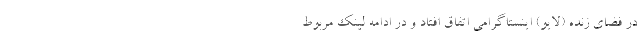
در فضای زنده (لایو) اینستاگرامی اتفاق افتاد و در ادامه لینکِ مربوط